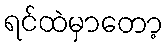
ရင်ထဲမှာတော့